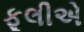
ફૂલીએ